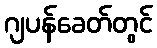
ဂျပန်ခေတ်တွင်